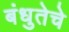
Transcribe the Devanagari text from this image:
बंधुतेचे